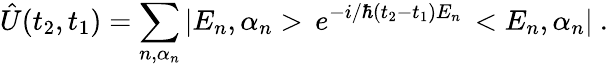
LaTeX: \hat{U}(t_{2},t_{1})=\sum_{n,\alpha_{n}}|E_{n},\alpha_{n}>\, e^{-i/\hbar(t_{2}-t_{1})E_{n}}\, <E_{n},\alpha_{n}|\ .